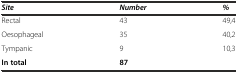
<table><thead><tr><td><b><i>Site</i></b></td><td><b><i>Number</i></b></td><td><b><i>%</i></b></td></tr></thead><tbody><tr><td>Rectal</td><td>43</td><td>49,4</td></tr><tr><td>Oesophageal</td><td>35</td><td>40,2</td></tr><tr><td>Tympanic</td><td>9</td><td>10,3</td></tr><tr><td><b>In total</b></td><td><b>87</b></td><td></td></tr></tbody></table>